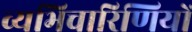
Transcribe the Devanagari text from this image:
व्यभिचारिणियों